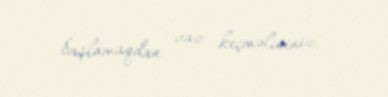
başlamaqdan vaz keçməlisiniz.